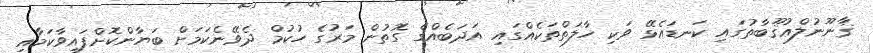
ޤާނޫނުލްޢުޤޫބާތުގައި ކަނޑައެޅޭ ވަކި ހާލަތްތަކެއްގައި އަދަބެއްގެ ގޮތުން މަރުގެ ހުކުމް ދެވޭނެކަމަށް ބަޔާންކޮށްފައިވާކަމާއި